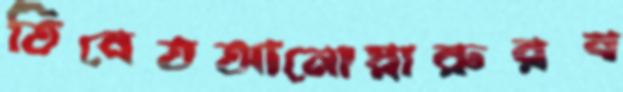
তিবেতআনোয়ারুরব